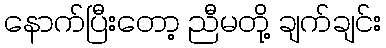
နောက်ပြီးတော့ ညီမတို့ ချက်ချင်း